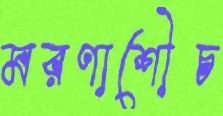
মরণাশৌচ